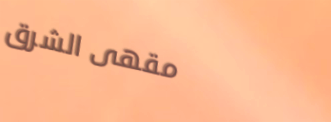
مقهى الشرق